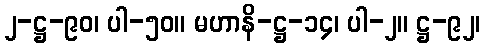
၂-ဋ္ဌ-၉၀၊ ပါ-၅၀။ မဟာနိ-ဋ္ဌ-၁၄၊ ပါ-၂။ ဋ္ဌ-၉၂၊